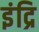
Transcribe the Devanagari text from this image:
इंद्रि